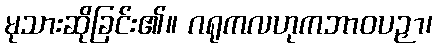
မုသားဆိုခြင်း၏။ ဂရုကလဟုကဘာဝပဉှာ၊